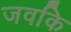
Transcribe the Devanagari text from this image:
जवकि